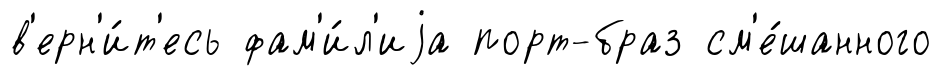
в'ерн'и́т'есь фам'и́л'иjа порт-браз см'е́шанного